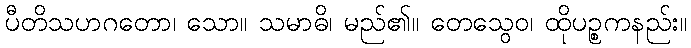
ပီတိသဟဂတော၊ သော။ သမာဓိ၊ မည်၏။ တေသွေဝ၊ ထိုပဉ္စကနည်း။